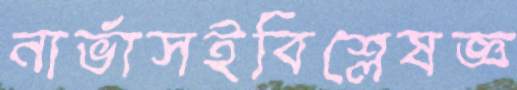
নার্ভাসইবিশ্লেষজ্ঞ